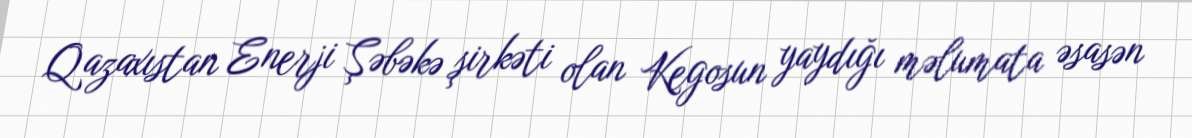
Qazaxıstan Enerji Şəbəkə şirkəti olan Kegosun yaydığı məlumata əsasən